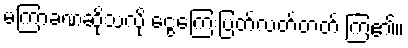
မကြာခဏဆိုသလို ငွေကြေးပြတ်လတ်တတ် ကြ၏။